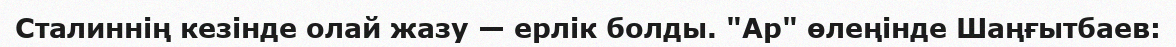
Сталиннің кезінде олай жазу — ерлік болды. "Ар" өлеңінде Шаңғытбаев: